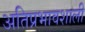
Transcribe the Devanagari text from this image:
अतिप्रभावशाली